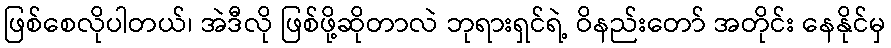
ဖြစ်စေလိုပါတယ်၊ အဲဒီလို ဖြစ်ဖို့ဆိုတာလဲ ဘုရားရှင်ရဲ့ ဝိနည်းတော် အတိုင်း နေနိုင်မှ